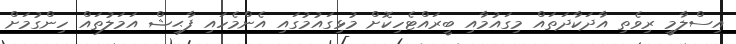
އިސްލާމީ ރިވެތި އާދަކާދަތައް މިގައުމާއި ބީރައްޓެހިކޮށް މުޅިގައުމުގައި އެންމެހައި ފާޙިޝް އަމަލުތައް ހިންގުމަށް